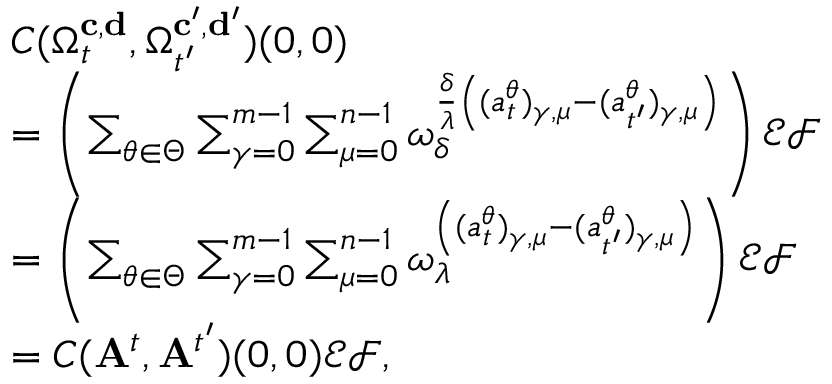
\begin{array} { r l } & { C ( \Omega _ { t } ^ { \mathbf { c } , \mathbf { d } } , \Omega _ { t ^ { \prime } } ^ { \mathbf { c } ^ { \prime } , \mathbf { d } ^ { \prime } } ) ( 0 , 0 ) } \\ & { = \left( \sum _ { \theta \in \Theta } \sum _ { \gamma = 0 } ^ { m - 1 } \sum _ { \mu = 0 } ^ { n - 1 } \omega _ { \delta } ^ { \frac { \delta } { \lambda } \left( ( a _ { t } ^ { \theta } ) _ { \gamma , \mu } - ( a _ { t ^ { \prime } } ^ { \theta } ) _ { \gamma , \mu } \right) } \right) \mathcal { E } \mathcal { F } } \\ & { = \left( \sum _ { \theta \in \Theta } \sum _ { \gamma = 0 } ^ { m - 1 } \sum _ { \mu = 0 } ^ { n - 1 } \omega _ { \lambda } ^ { \left( ( a _ { t } ^ { \theta } ) _ { \gamma , \mu } - ( a _ { t ^ { \prime } } ^ { \theta } ) _ { \gamma , \mu } \right) } \right) \mathcal { E } \mathcal { F } } \\ & { = C ( \mathbf { A } ^ { t } , \mathbf { A } ^ { t ^ { \prime } } ) ( 0 , 0 ) \mathcal { E } \mathcal { F } , } \end{array}